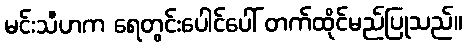
မင်းသီဟက ရေတွင်းပေါင်ပေါ် တက်ထိုင်မည်ပြုသည်။